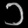
Digit: ၁